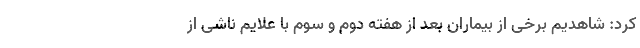
کرد: شاهدیم برخی از بیماران بعد از هفته دوم و سوم با علایم ناشی از